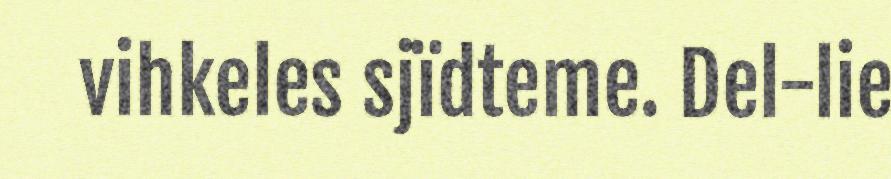
vihkeles sjïdteme. Del-lie